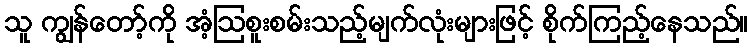
သူ ကျွန်တော့်ကို အံ့ဩစူးစမ်းသည့်မျက်လုံးများဖြင့် စိုက်ကြည့်နေသည်။